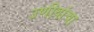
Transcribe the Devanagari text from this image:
उणीवांचा